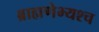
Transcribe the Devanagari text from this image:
ब्राह्मणेभ्यश्च